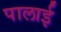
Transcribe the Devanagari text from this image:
पालाई